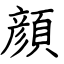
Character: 顔